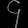
Digit: ၄